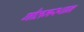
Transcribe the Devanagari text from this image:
गौतमस्थान